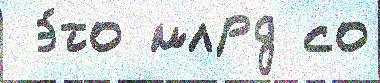
 э́то млрд со